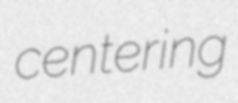
centering